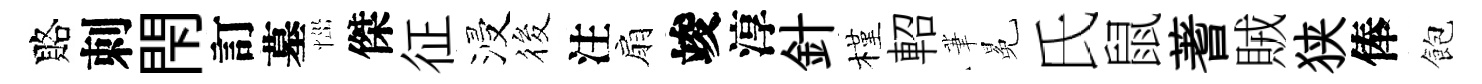
賂刺閇訂墓𢙉傑征浸筱注扇竣淳針槿軺茟冕氏鼠蓍賊狭俸飽